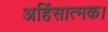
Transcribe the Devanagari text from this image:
अहिंसात्मक।